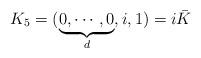
LaTeX: \begin{align*}K_{5}=(\underbrace{0,\cdots ,0}_{d},i,1)=i\bar{K}\end{align*}